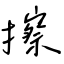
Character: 擦